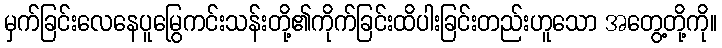
မှက်ခြင်းလေနေပူမြွေကင်းသန်းတို့၏ကိုက်ခြင်းထိပါးခြင်းတည်းဟူသော အတွေ့တို့ကို။